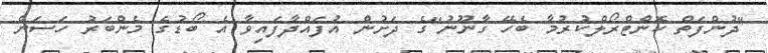
"ދުންފަތް ކޮންޓްރޯލްކުރުމާ ބެހޭ ގާނޫނު"ގެ ދަށުން އުފައްދާފައިވާ އެ ބޯޑުގެ މެންބަރު ހަސަން